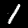
Digit: 1